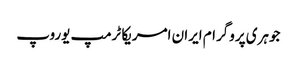
جوہری پروگرام ایران امریکا ٹرمپ یوروپ